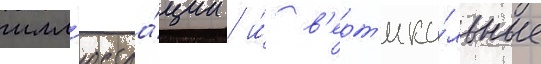
илл'юстра́ции / и́ в'ерт'ика́льные